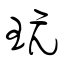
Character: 玩